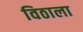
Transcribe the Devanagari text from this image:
विठाला